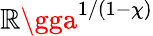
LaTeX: \mathbb{R}\gga^{1/(1-\chi)}